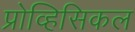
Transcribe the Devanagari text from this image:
प्रोव्हिसिकल